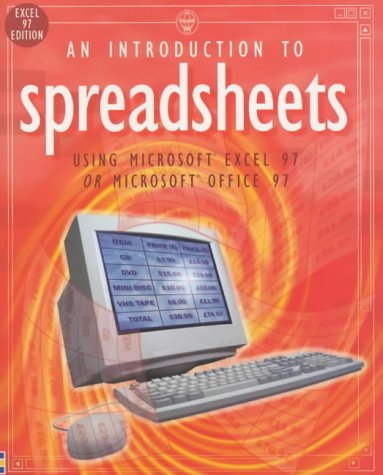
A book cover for Introduction to Spreadsheets Excel 97 (Software Guides); Fiona Patchett; Children's Books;